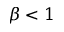
\beta < 1